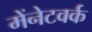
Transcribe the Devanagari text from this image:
मेंनेटवर्क